Vaccination in the Punjab 1897-1904 - 1897-1904
Year: 1897
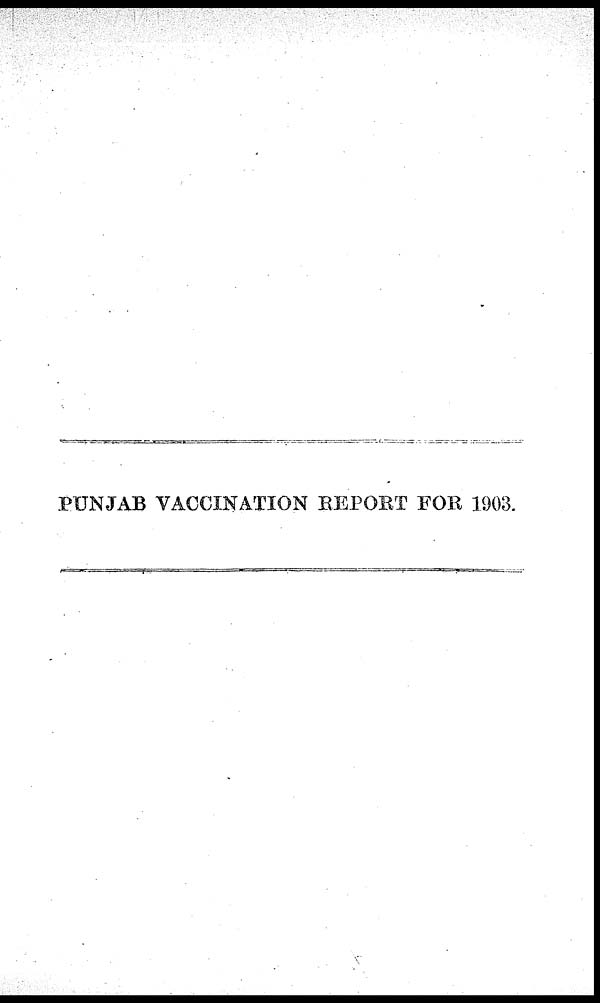
PUNJAB VACCINATION REPORT FOR 1903.